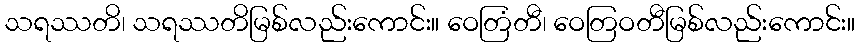
သရဿတိ၊ သရဿတိမြစ်လည်းကောင်း။ ဝေတြံတီ၊ ဝေတြဝတီမြစ်လည်းကောင်း။